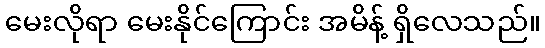
မေးလိုရာ မေးနိုင်ကြောင်း အမိန့် ရှိလေသည်။